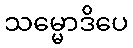
သမ္မောဒိပေ